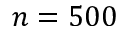
n = 5 0 0